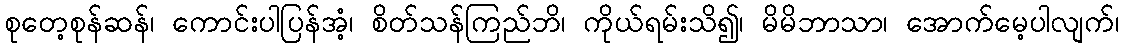
စုတေ့စုန်ဆန်၊ ကောင်းပါပြန်အံ့၊ စိတ်သန်ကြည်ဘိ၊ ကိုယ်ရမ်းသိ၍၊ မိမိဘာသာ၊ အောက်မေ့ပါလျက်၊